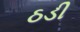
ઠડી